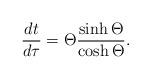
LaTeX: \begin{align*}\frac{dt}{d \tau} = \Theta \frac{\sinh \Theta}{\cosh \Theta}.\end{align*}